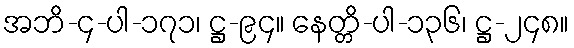
အဘိ-၄-ပါ-၁၇၁၊ ဋ္ဌ-၉၄။ နေတ္တိ-ပါ-၁၃၆၊ ဋ္ဌ-၂၄၈။